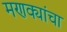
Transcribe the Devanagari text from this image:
मणक्यांचा